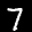
Label: 7